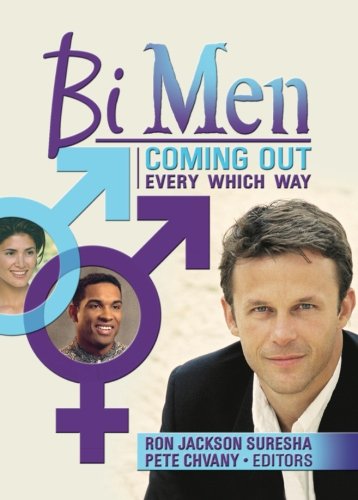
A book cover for Bi Men: Coming Out Every Which Way; Gay & Lesbian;